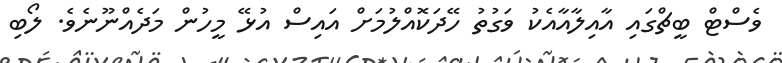
ވެސްޓް ބީޗްގައި އާއިލާއާއެކު ވަގުތު ހޭދަކޮއްލުމަށް އައިސް އުޅޭ މީހުން މަދެއްނޫނެވެ. ލޯބި